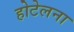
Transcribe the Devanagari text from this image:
होटेलना